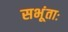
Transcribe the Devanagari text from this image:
सभूंताः